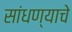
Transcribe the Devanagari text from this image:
सांधण्याचे